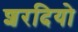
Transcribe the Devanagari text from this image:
शरदियो